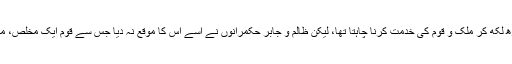
شہید خاور ایک محنتی طالب علم تھا جو پڑھ لکھ کر ملک و قوم کی خدمت کرنا چاہتا تھا، لیکن ظالم و جابر حکمرانوں نے اسے اس کا موقع نہ دیا جس سے قوم ایک مخلص، محنتی اور جفاکش فرزند سے محروم ہوگئی۔